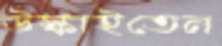
উস্‌কাইতেন